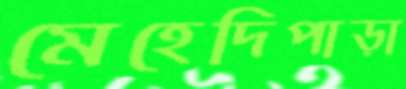
মেহেদিপাড়া